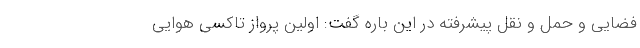
فضایی و حمل و نقل پیشرفته در این باره گفت: اولین پرواز تاکسی هوایی